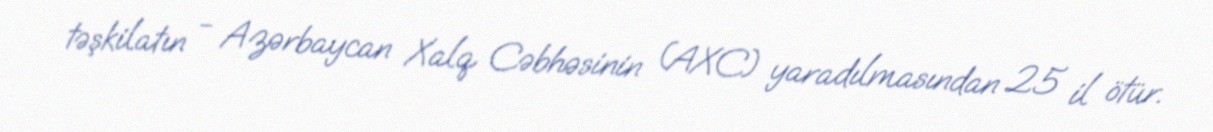
təşkilatın - Azərbaycan Xalq Cəbhəsinin (AXC) yaradılmasından 25 il ötür.